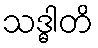
သဒ္ဓါတိ